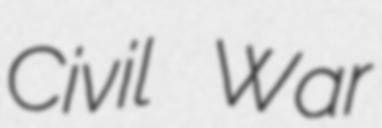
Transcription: Civil War